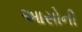
આસોની